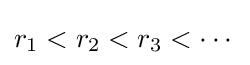
r_{1}<r_{2}<r_{3}<\cdots